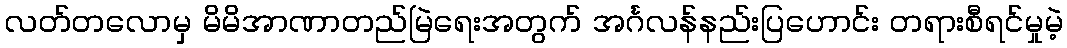
လတ်တလောမှ မိမိအာဏာတည်မြဲရေးအတွက် အင်္ဂလန်နည်းပြဟောင်း တရားစီရင်မှုမဲ့